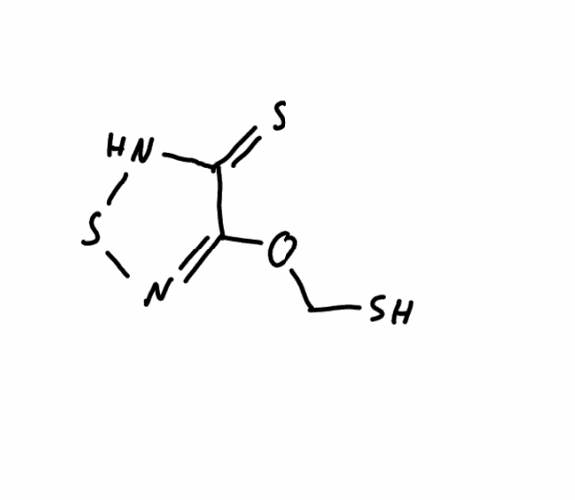
Simplified molecular-input line-entry system (SMILES) notation of the given molecule:
C(OC1=NSNC1=S)S